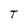
Character: t